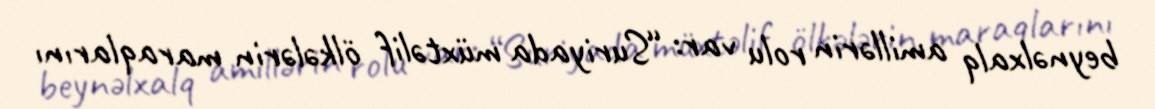
beynəlxalq amillərin rolu var: “Suriyada müxtəlif ölkələrin maraqlarını